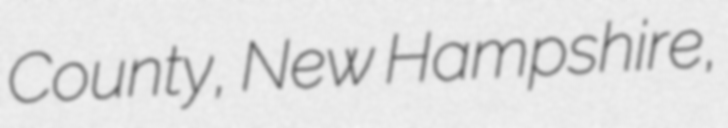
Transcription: County, New Hampshire,